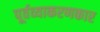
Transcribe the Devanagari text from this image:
पूर्वव्याकरणकार